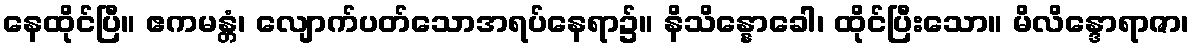
နေထိုင်ပြီ။ ဧကမန္တံ၊ လျောက်ပတ်သောအရပ်နေရာ၌။ နိသိန္နောခေါ၊ ထိုင်ပြီးသော။ မိလိန္ဒောရာဇာ၊